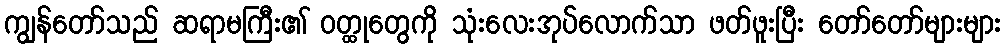
ကျွန်တော်သည် ဆရာမကြီး၏ ဝတ္ထုတွေကို သုံးလေးအုပ်လောက်သာ ဖတ်ဖူးပြီး တော်တော်များများ